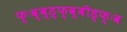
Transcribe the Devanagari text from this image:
फ्ःव्ब्ड्फ्व्बीड्फ्ःव